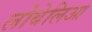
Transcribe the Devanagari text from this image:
लोबेलिआ